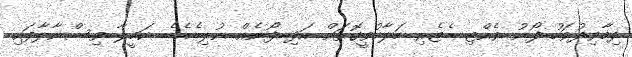
ދިމާވިދުވަހު ފޯނު ވެއްޓި ބެޓެރި ހަލާކުވީގޮތަށް އަދި ފޯނެއް ނުލިބެއެބެ. ކަމީލާ ވިސްނާލާފައި